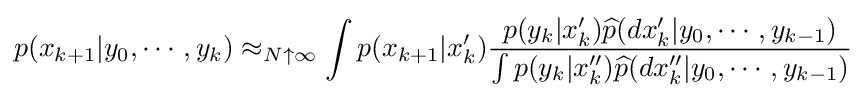
p(x_{k+1}|y_{0},\cdots ,y_{k})\approx _{N\uparrow \infty }\int p(x_{k+1}|x'_{k}){\frac {p(y_{k}|x_{k}'){\widehat {p}}(dx'_{k}|y_{0},\cdots ,y_{k-1})}{\int p(y_{k}|x''_{k}){\widehat {p}}(dx''_{k}|y_{0},\cdots ,y_{k-1})}}